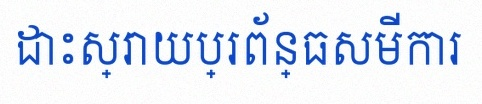
ដោះស្រាយប្រព័ន្ធសមីការ